Lunatic asylums Bombay report 1891-1903 - 1891-1903
Year: 1891
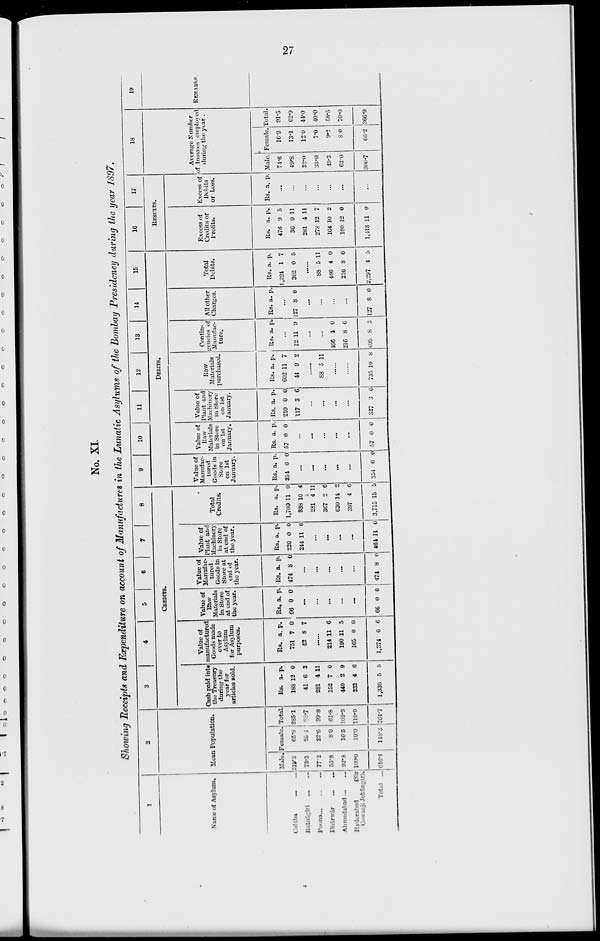
27
No. XI.
Showing Receipts and Expenditure on account of Manufactures in the Lunatic Asylums of the Bombay Presidency during the year 1897.
1
Name of Asylum.
Colába ... ...
Ratnágiri
...
...
Poona ... ... ...
Dhárwár ... ...
Ahmedabad ... ...
Hyderabad
(Sir
Cowasji Jehángir).
Total ...
2
Mean Population.
Male.
219.3
73.3
77.2
53.8
92.8
100.0
616.4
Female.
65.8
25.4
22.6
8.0
16.5
10.0
148.3
Total.
285.1
98.7
99.8
6l.8
109.3
110.0
764.7
3
4
5
6
7
8
CREDITS.
Cash paid into
the Treasury
during the
year for
articles sold.
Rs.
188
41
281
152
440
232
1,336
a.
12
6
4
7
2
4
5
p.
0
3
11
0
9
6
5
Value of
manufactured
Goods made
over to
Asylum
for Asylum
purposes.
Rs.
751
52
a.
7
8
p.
0
7
......
214
190
165
1,374
11
11
0
6
6
5
0
6
Value of
Raw
Materials
in Store
at end of
the year.
Rs.
66
a.
0
p.
0
...
...
...
...
...
66 0 0
Value of
Manufac-
tured
Goods in
Store at
end of
the year.
Rs.
474
a.
8
p.
0
...
...
...
...
...
474 8 0
Value of
Plant and
Machinery
in Store
at end of
the year.
Rs.
220
244
a.
0
11
p.
0
6
...
...
...
...
464 11 6
Total
Credits.
Rs.
1,700
338
281
367
630
397
3,715
a.
11
10
4
2
14
4
15
p.
0
4
11
6
2
6
5
9
10
11
12
13
14
15
DEBITS.
Value of
Manufac-
tured
Goods in
Store
on 1st
January.
Rs.
354
a.
6
p.
0
...
...
...
...
...
354
6
0
Value of
Raw-
Materials
in Store
on 1st
January.
Rs.
57
a.
0
p.
0
...
...
...
...
...
57 0 0
Value of
Plant and
Machinery
in Store
on 1st
January.
Rs.
210
117
a.
0
3
p.
0
6
...
...
...
...
327 3
6
Raw
Materials
purchased.
Rs.
602
44
a.
11
9
p.
7
2
......
88 5 11
......
......
735 10 8
Contin-
gencies of
Manufac-
ture.
Rs. a.
p.
...
12 11 9
...
...
466
216
695
4
8
8
0
6
3
All other
Charges.
Rs. a.
p.
...
127 8 0
...
...
...
...
127 8 0
Total
Debits.
Rs.
1,224
302
a.
1
0
p.
7
5
......
88
466
216
2,297
5
4
8
4
11
0
6
5
16
17
RESULTS.
Excess of
Credits or
Profits.
Rs.
476
36
281
278
164
180
1,418
a.
9
9
4
12
10
12
11
p.
5
11
11
7
2
0
0
Excess of
Debits
or Loss.
Rs. a. p.
...
...
...
...
...
...
...
18
Average Number
of Insanes employed
during the year .
Male.
74.6
49.8
32.0
33.0
49.3
62.0
300.7
Female.
16.9
13.1
12.0
7.0
9.2
8.0
66.2
Total.
91.5
62.9
44.0
40.0
58.5
70.0
366.9
19
REMARKS.